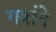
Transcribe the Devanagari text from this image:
गवांने